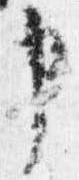
申